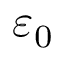
\varepsilon _ { 0 }